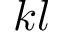
k l